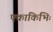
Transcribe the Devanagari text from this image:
एकाकिभिः